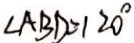
\angle A B D = 1 2 0 ^ { \circ }